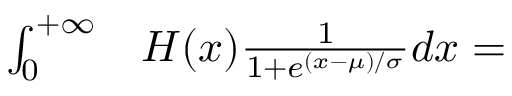
\begin{array} { r l } { \int _ { 0 } ^ { + \infty } } & { { } H ( x ) \frac { 1 } { 1 + e ^ { ( x - \mu ) / \sigma } } d x = } \end{array}